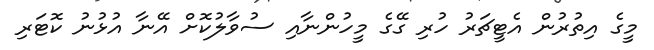
މީގެ އިތުރުން އެޓީޗަރު ހުރި ގޭގެ މީހުންނާއި ސުވާލުކޮށް އޭނާ އުޅުނު ކޮޓަރި